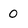
Character: O